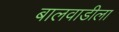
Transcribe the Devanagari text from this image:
बालवाडीला